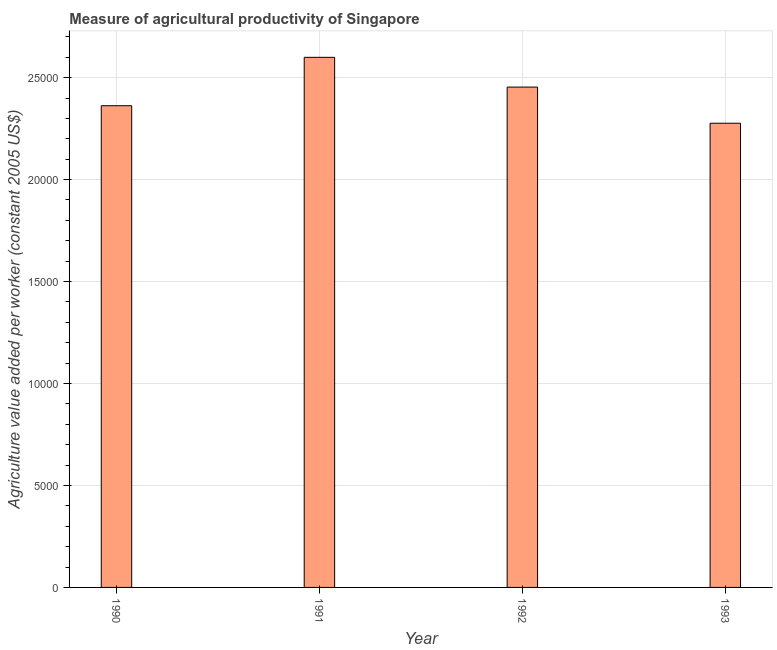
| Year | Agriculture value added per worker |
 | --- | --- |
 | 1990 | 2.36e+04 |
 | 1991 | 2.6e+04 |
 | 1992 | 2.45e+04 |
 | 1993 | 2.28e+04 |